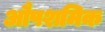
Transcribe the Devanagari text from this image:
औपशमिक